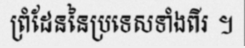
ព្រំដែននៃប្រទេសទាំងពីរ ។